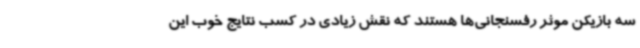
سه بازیکن موثر رفسنجانی‌ها هستند که نقش زیادی در کسب نتایج خوب این